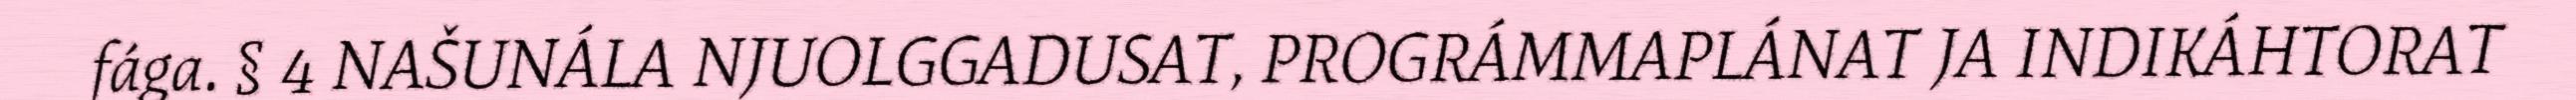
fága. § 4 NAŠUNÁLA NJUOLGGADUSAT, PROGRÁMMAPLÁNAT JA INDIKÁHTORAT